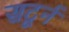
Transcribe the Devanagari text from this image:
सटूर्न